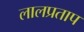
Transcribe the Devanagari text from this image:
लालप्रताप